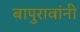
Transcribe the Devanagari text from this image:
बापुरावांनी